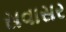
સવાસર